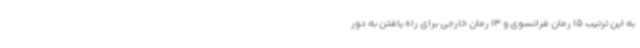
به این ترتیب 15 رمان فرانسوی و 13 رمان خارجی برای راه یافتن به دور